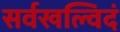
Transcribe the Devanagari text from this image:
सर्वखल्विदं